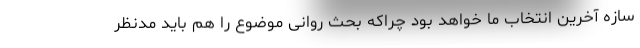
سازه آخرین انتخاب ما خواهد بود چراکه بحث روانی موضوع را هم باید مدنظر